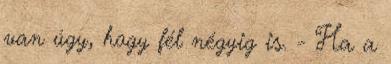
van úgy, hogy fél négyig is. - Ha a